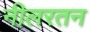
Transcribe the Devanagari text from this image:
नीलरतन